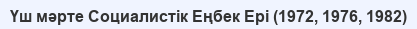
Үш мәрте Социалистік Еңбек Ері (1972, 1976, 1982)